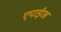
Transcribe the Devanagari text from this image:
एपाईरस